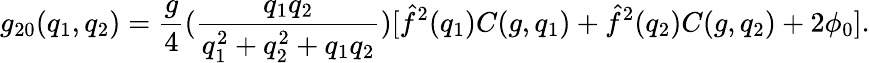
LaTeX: g_{20}(q_{1},q_{2})={\frac{g}{4}}({\frac{q_{1}q_{2}}{q_{1}^{2}+q_{2}^{2}+q_{1}q_{2}}})[\hat{f}^{2}(q_{1})C(g,q_{1})+\hat{f}^{2}(q_{2})C(g,q_{2})+2\phi_{0}].